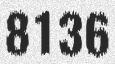
8136